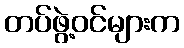
တပ်ဖွဲ့ဝင်များက